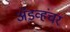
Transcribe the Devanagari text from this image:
ॲडव्हंचर